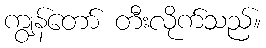
ကျွန်တော် တီးလိုက်သည်။